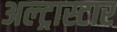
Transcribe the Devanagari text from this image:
अल्ट्रास्टार